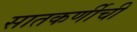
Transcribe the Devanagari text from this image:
सातकर्णीची